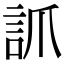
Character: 𧦐